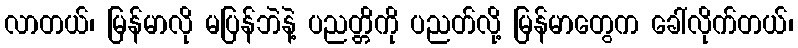
လာတယ်၊ မြန်မာလို မပြန်ဘဲနဲ့ ပညတ္တိကို ပညတ်လို့ မြန်မာတွေက ခေါ်လိုက်တယ်၊